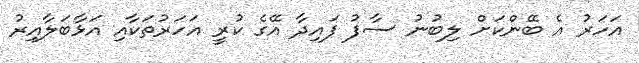
އަހަރު އެ ބޭންކަށް ލިބުނު ސާފު ފައިދާ އޭގެ ކުރީ އަހަރުތަކާއި އަޅާބަލާއިރު